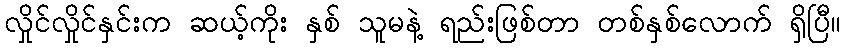
လှိုင်လှိုင်နှင်းက ဆယ့်ကိုး နှစ် သူမနဲ့ ရည်းဖြစ်တာ တစ်နှစ်လောက် ရှိပြီ။